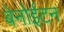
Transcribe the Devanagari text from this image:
बेनोईटन